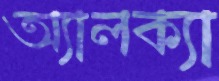
অ্যালক্যা